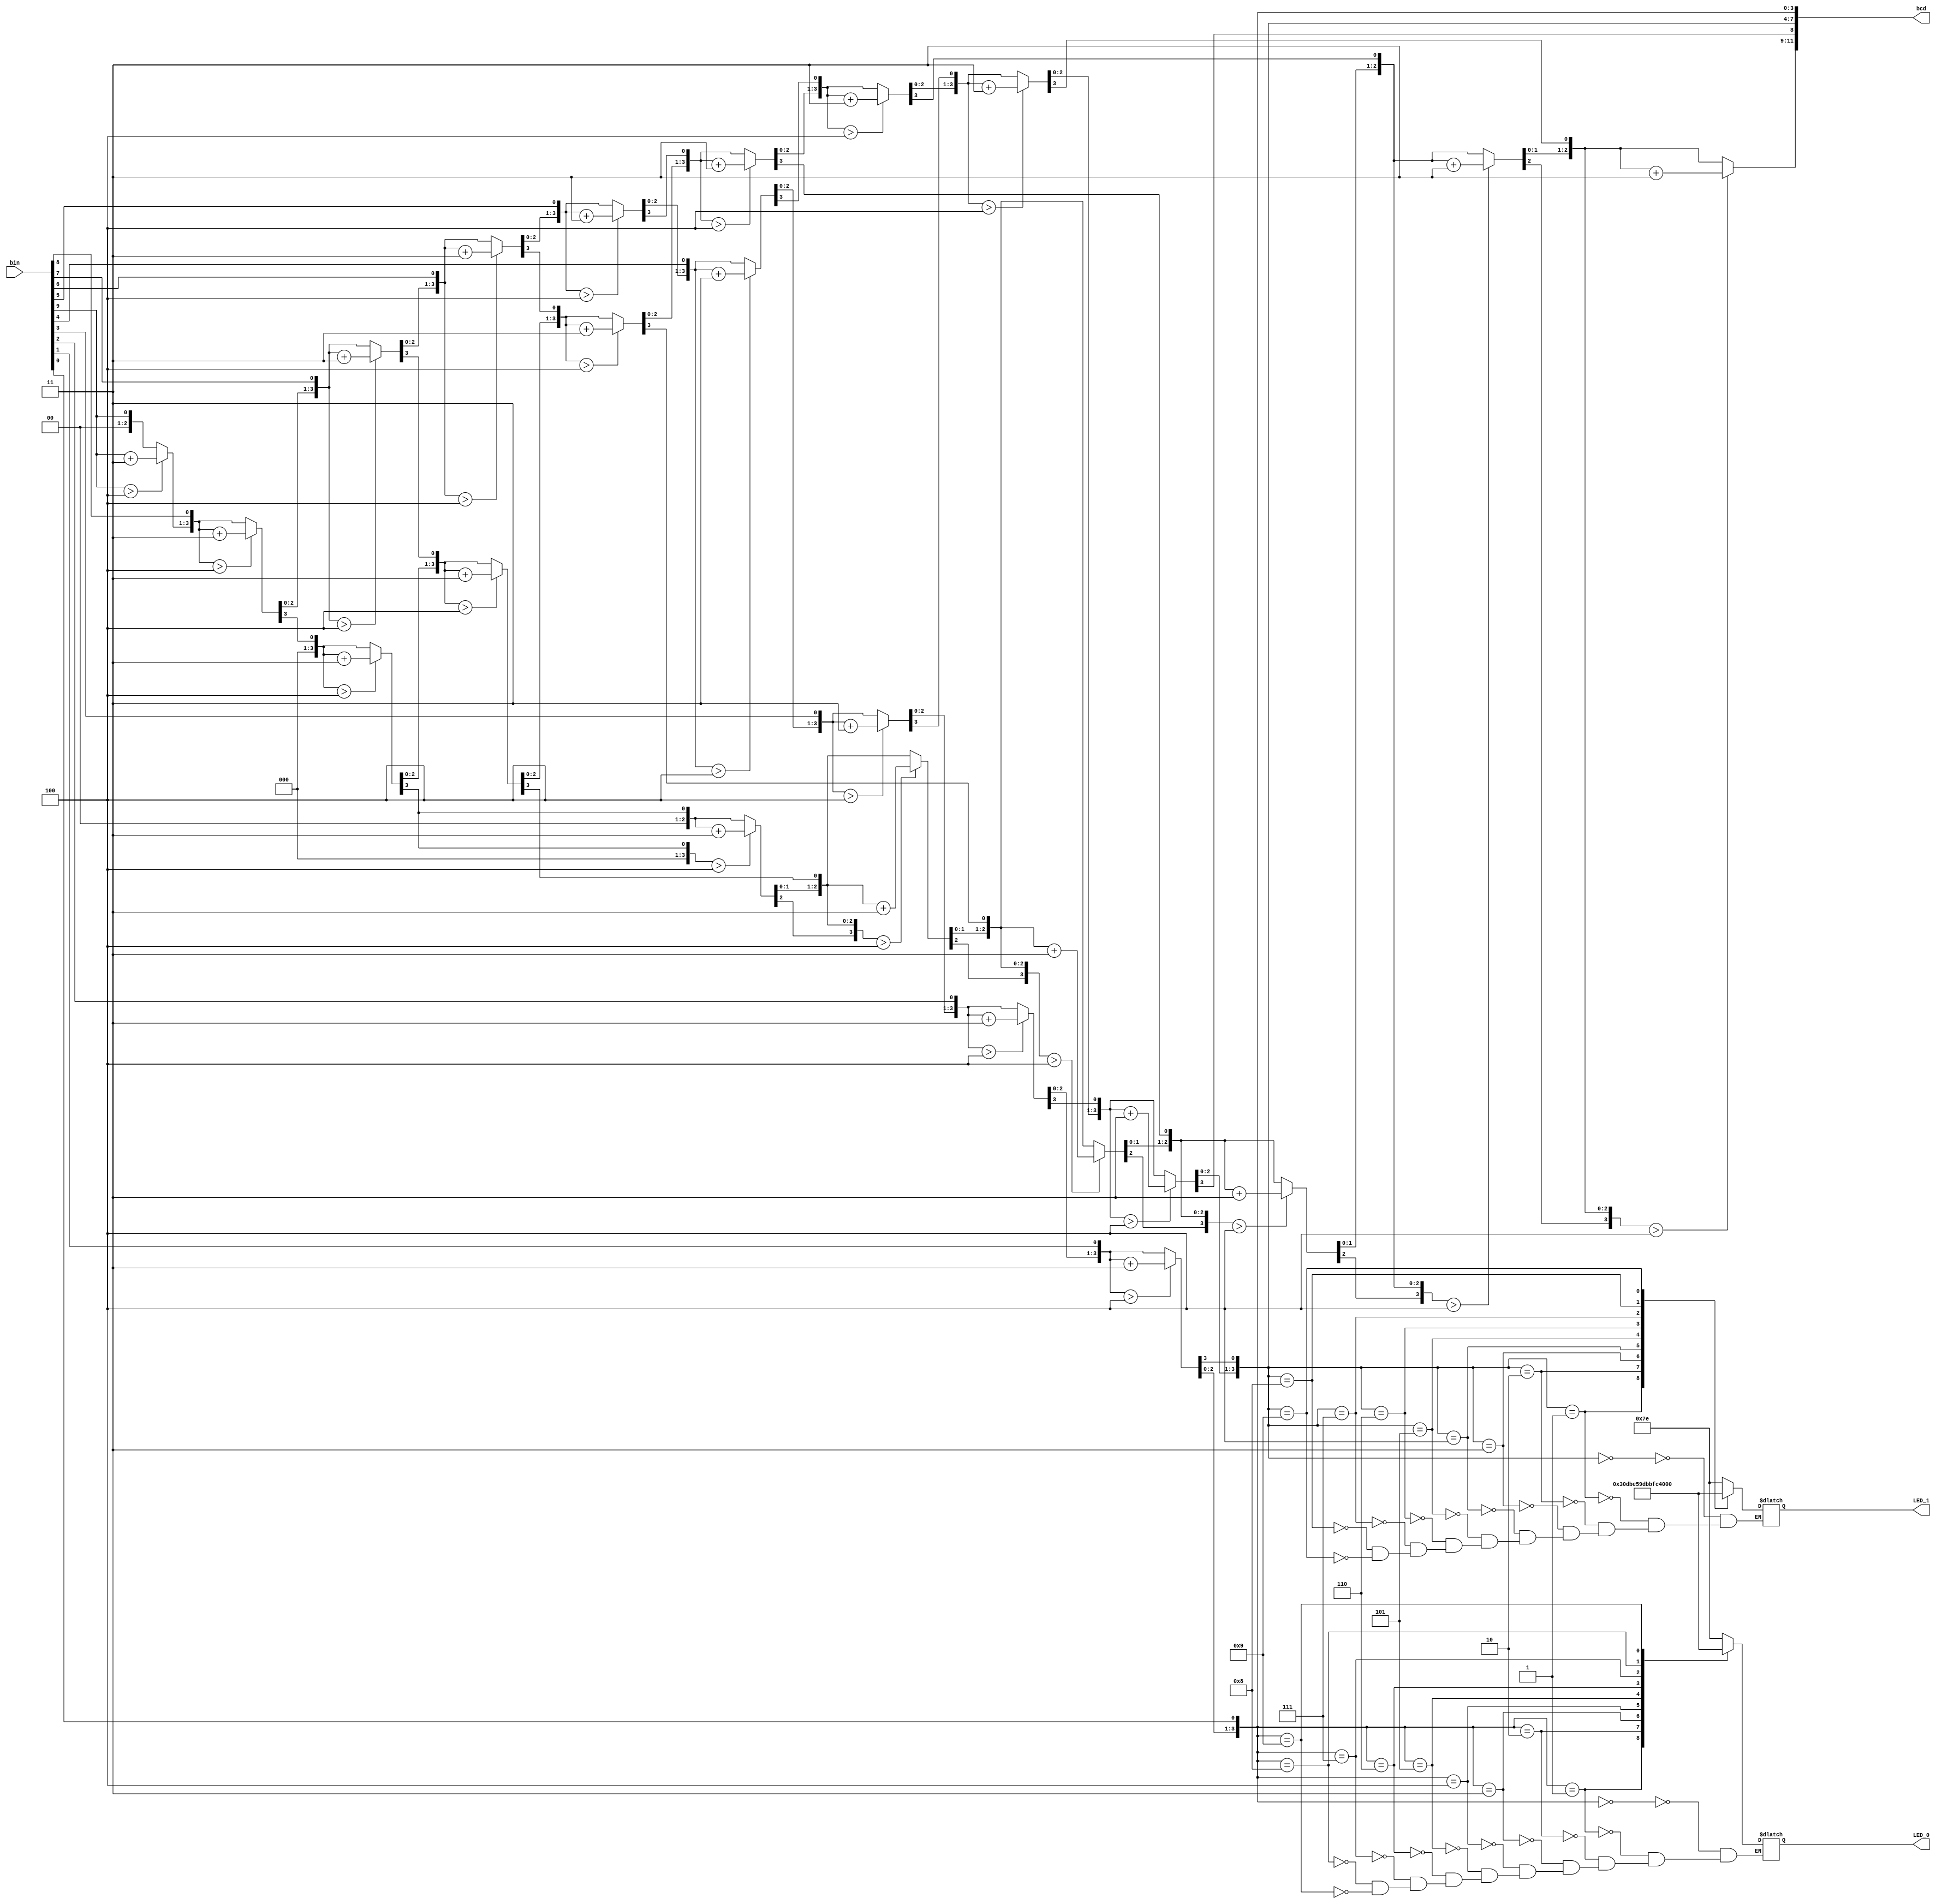
module lab3ex(
input [9:0] bin,
//output ports
output reg [11:0] bcd,
output reg [6:0] LED_1,LED_0
);
reg [3:0] i;
reg [9:0]count;


always @(bin)
begin
bcd = 0; //initialize bcd to zero.
for (i = 0; i < 10; i = i+1) //run for 10 iterations
begin
bcd = {bcd[10:0],bin[9-i]}; //concatenation

//if a hex digit of 'bcd' is more than 4, add 3 to it.  
if(i < 9 && bcd[3:0] > 4)
bcd[3:0] = bcd[3:0] + 3;
if(i < 9 && bcd[7:4] > 4)
bcd[7:4] = bcd[7:4] + 3;
if(i < 9 && bcd[11:8] > 4)
bcd[11:8] = bcd[11:8] + 3;  
end
end

always @(bcd) begin
case (bcd[3:0])
4'b0000:LED_0=7'b1111110;//0
4'b0001:LED_0=7'b0110000;//1
4'b0010:LED_0=7'b1101101;//2
4'b0011:LED_0=7'b1111001;//3
4'b0100:LED_0=7'b0110011;//4
4'b0101:LED_0=7'b1011011;//5
4'b0110:LED_0=7'b1011111;//6
4'b0111:LED_0=7'b1110000;//7
4'b1000:LED_0=7'b1111111;//8
4'b1001:LED_0=7'b1111011;//9
endcase

case (bcd[7:4])
4'b0000:LED_1=7'b1111110;
4'b0001:LED_1=7'b0110000;
4'b0010:LED_1=7'b1101101;
4'b0011:LED_1=7'b1111001;
4'b0100:LED_1=7'b0110011;
4'b0101:LED_1=7'b1011011;
4'b0110:LED_1=7'b1011111;
4'b0111:LED_1=7'b1110000;
4'b1000:LED_1=7'b1111111;
4'b1001:LED_1=7'b1111011;
endcase


//if(bcd[7:4]>=4'd3 && bcd[3:0]>4'd0) begin
//LED_0<=0;
//LED_1<=0;
//end
end


endmodule